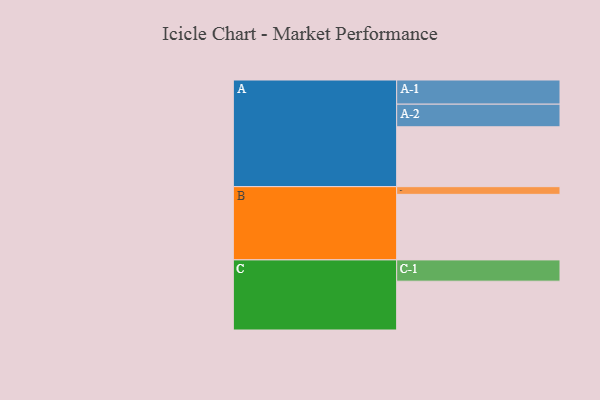
{"axis": {"x": "Segment", "y": "Value"}, "legend": ["", "A", "B", "C"], "data": [{"x": "A", "y": 498, "type": ""}, {"x": "B", "y": 545, "type": ""}, {"x": "C", "y": 406, "type": ""}, {"x": "A-1", "y": 201, "type": "A"}, {"x": "A-2", "y": 188, "type": "A"}, {"x": "B-1", "y": 64, "type": "B"}, {"x": "C-1", "y": 177, "type": "C"}]}